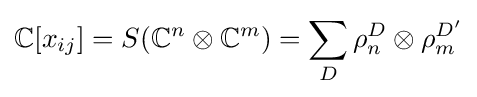
\mathbb {C} [x_{ij}]=S(\mathbb {C} ^{n}\otimes \mathbb {C} ^{m})=\sum _{D}\rho _{n}^{D}\otimes \rho _{m}^{D'}